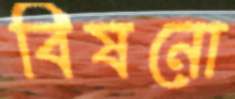
বিষনো